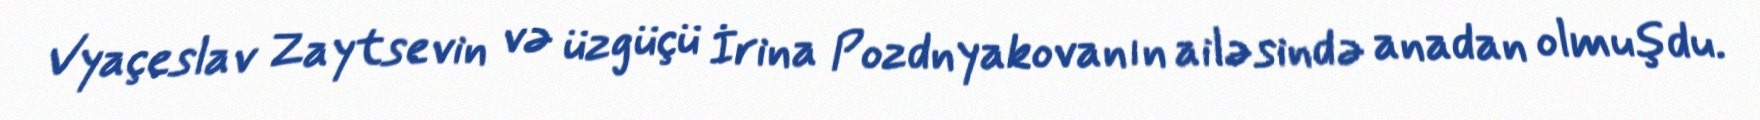
Vyaçeslav Zaytsevin və üzgüçü İrina Pozdnyakovanın ailəsində anadan olmuşdu.